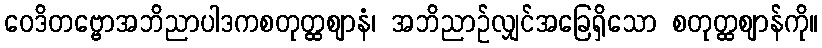
ဝေဒိတဗ္ဗောအဘိညာပါဒကစတုတ္ထဈာနံ၊ အဘိညာဉ်လျှင်အခြေရှိသော စတုတ္ထဈာန်ကို။